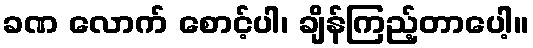
ခဏ လောက် စောင့်ပါ၊ ချိန်ကြည့်တာပေါ့။